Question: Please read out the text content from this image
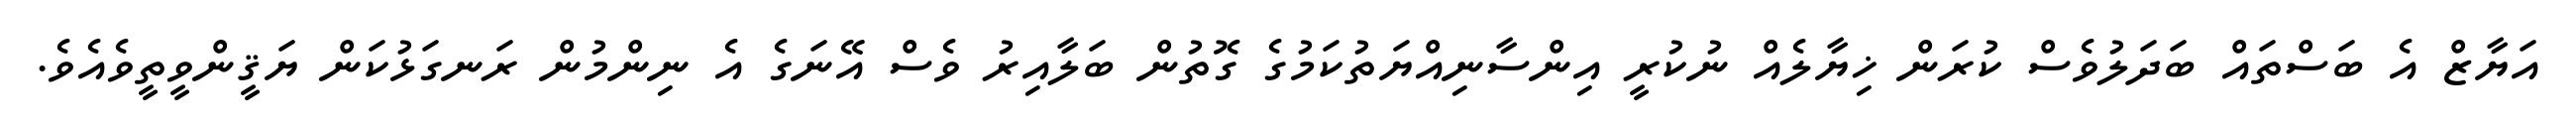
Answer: އަޔާޒް އެ ބަސްތައް ބަދަލުވެސް ކުރަން ޚިޔާލެއް ނުކުރީ އިންސާނިއްޔަތުކަމުގެ ގޮތުން ބަލާއިރު ވެސް އޭނަގެ އެ ނިންމުން ރަނގަޅުކަން ޔަޤީންވީތީވެއެވެ.